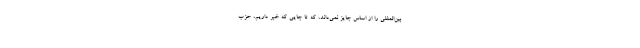
بین‌المللی را از اساس جایز نمی‌داند، که تا جایی که خبر داریم، حزب